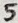
Text: 5